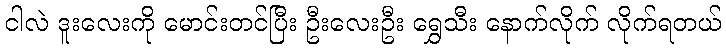
ငါလဲ ဒူးလေးကို မောင်းတင်ပြီး ဦးလေးဦး ရွှေသီး နောက်လိုက် လိုက်ရတယ်